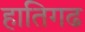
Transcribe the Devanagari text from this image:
हातिगढ